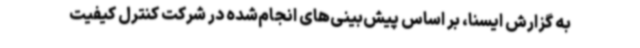
به گزارش ایسنا، بر اساس پیش‌بینی‌های انجام‌شده در شرکت کنترل کیفیت